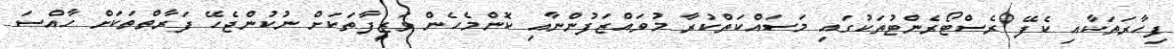
ފިހާރަތަކާއި ކެފޭ ރެސްޓޯރެންޓުތަކުގައި މަސައްކަތްކުރާ މުވައްޒަފުންނާއި ކޮންމެހެން ވަޒީފާތަކަށް ނުކުންޖެހޭ ފަރާތްތަކަށް ހާއްސަ